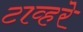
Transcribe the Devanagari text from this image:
टाव्हरे